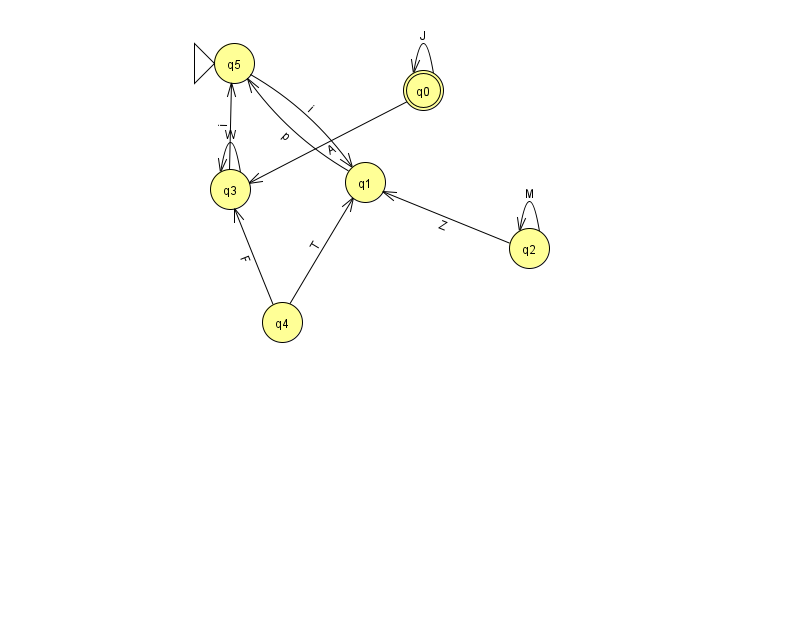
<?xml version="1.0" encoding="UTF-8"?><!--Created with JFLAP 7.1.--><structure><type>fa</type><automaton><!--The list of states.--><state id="0" name="q0"><x>423.0</x><y>77.0</y><final/></state><state id="1" name="q1"><x>365.0</x><y>169.0</y></state><state id="2" name="q2"><x>529.0</x><y>235.0</y></state><state id="3" name="q3"><x>230.0</x><y>176.0</y></state><state id="4" name="q4"><x>282.0</x><y>309.0</y></state><state id="5" name="q5"><x>234.0</x><y>50.0</y><initial/></state><!--The list of transitions.--><transition><from>4</from><to>3</to><read>F</read></transition><transition><from>1</from><to>5</to><read>p</read></transition><transition><from>4</from><to>1</to><read>T</read></transition><transition><from>3</from><to>3</to><read>W</read></transition><transition><from>5</from><to>1</to><read>i</read></transition><transition><from>0</from><to>0</to><read>J</read></transition><transition><from>2</from><to>1</to><read>Z</read></transition><transition><from>2</from><to>2</to><read>M</read></transition><transition><from>3</from><to>5</to><read>i</read></transition><transition><from>0</from><to>3</to><read>A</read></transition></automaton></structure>